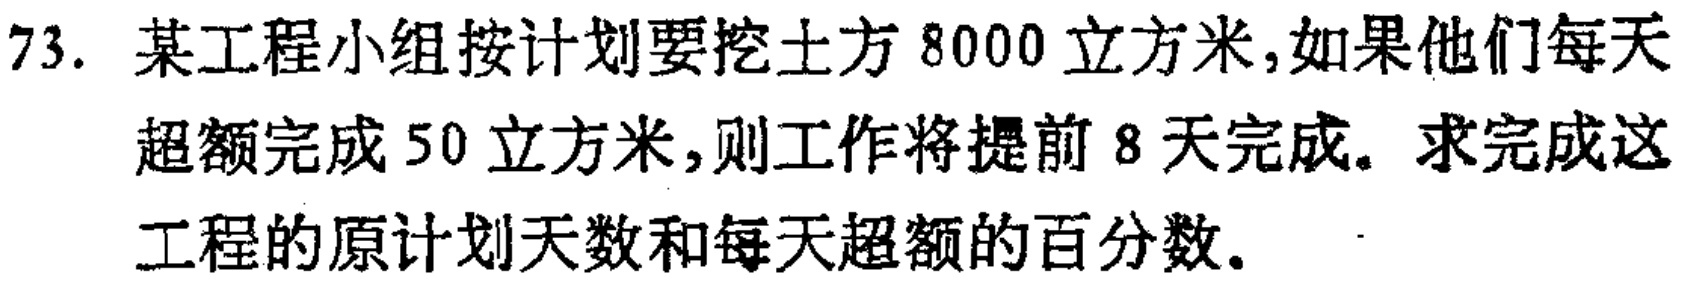
73. 某工程小组按计划要挖土方 \(8000\) 立方米，如果他们每天超额完成 \(50\) 立方米，则工作将提前 \(8\) 天完成。求完成这工程的原计划天数和每天超额的百分数。